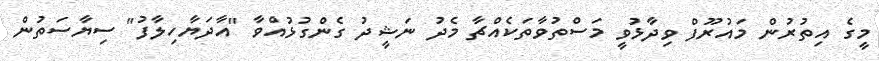
މީގެ އިތުރުން މައުރޫފް ވިދާޅުވީ މަސްތުވާތަކެއްޗާ މެދު ނަޝީދު ގެންގުޅުއްވާ "އާދަޔާހިލާފު" ސިޔާސަތުން